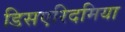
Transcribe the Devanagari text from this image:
डिसएरिदमिया